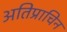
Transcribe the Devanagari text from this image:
अतिप्राचिन